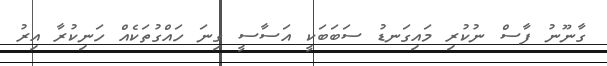
ގާނޫނު ފާސް ނުކުރި މައިގަނޑު ސަބަބަކީ އަސާސީ ގިނަ ހައްގުތަކެއް ހަނިކުރާ އިރު